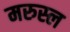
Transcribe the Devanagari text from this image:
मरुस्ल